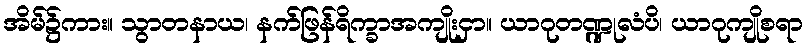
အိမ်၌ကား။ သွာတနာယ၊ နက်ဖြန်ရိက္ခာအကျိုးငှာ။ ယာဂုတဏ္ဍုလံပိ၊ ယာဂုကျိုစရာ